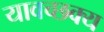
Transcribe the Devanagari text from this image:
यावच्छक्य